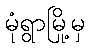
မုံရွာမြို့မှ